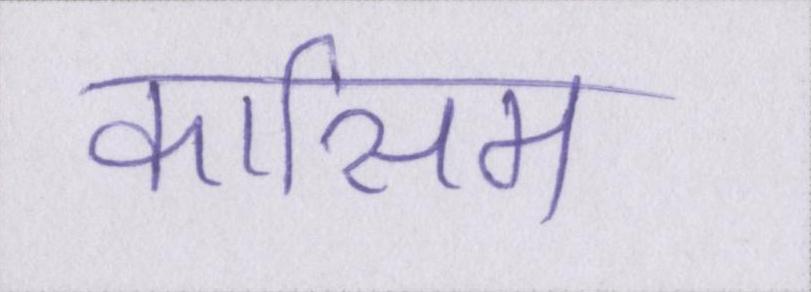
कासिम